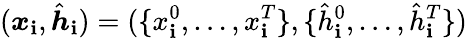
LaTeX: (\boldsymbol{x}_{\mathbf{i}},\hat{{\boldsymbol{h}}}_{\mathbf{i}})=(\{ x_{\mathbf{i}}^{0},\dots,x_{\mathbf{i}}^{T}\} ,\{ \hat{{h}}_{\mathbf{i}}^{0},\dots,\hat{{h}}_{\mathbf{i}}^{T}\} )